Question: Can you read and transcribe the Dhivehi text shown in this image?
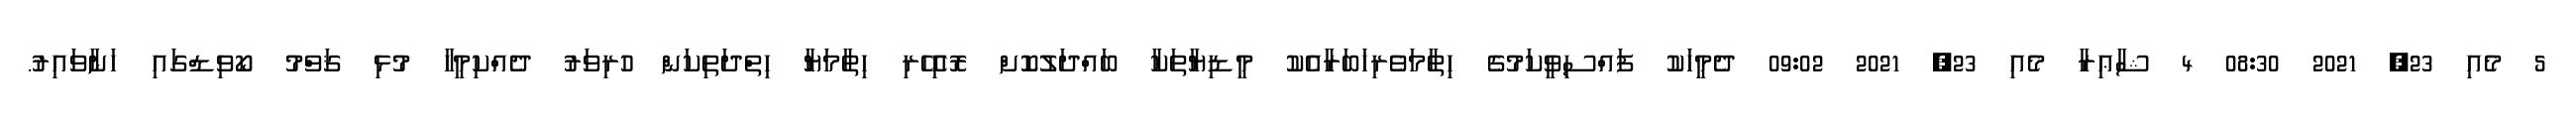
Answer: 5 މެއި 23, 2021 08:30 4 ޝާޢިރާ މެއި 23, 2021 09:02 ދެމީހަކު ފައްސިވީކަމުގެ ހިތާމަވެރިޚަބަރާއެކު މީޑިޔާތަކާ ބައްދަލުކޮށް ރޮއިހޭރި ހިތާމަޔާ ހިތްދަތިކަން ހުރިވަރު ދެއްކިމީހާ މުޅި ޤަވްމު ކޯވިޑްގައި ހަނާވައިރު.